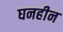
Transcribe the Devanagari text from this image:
घनहीन